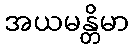
အယမန္တိမာ